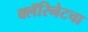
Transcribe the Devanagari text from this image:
क्लॅरिनेटचा